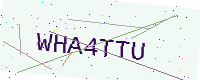
Text: WHA4TTU